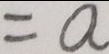
= a